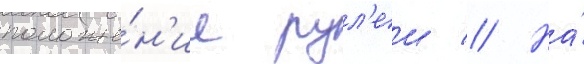
положе́н'ие рул'еи // На́